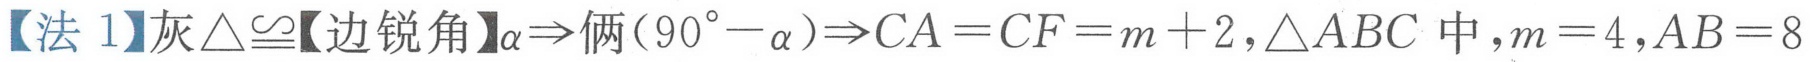
【法 1】灰\(\triangle\cong\)【边锐角】\(\alpha\Rightarrow\)俩\((90^{\circ}-\alpha)\Rightarrow CA = CF=m + 2,\triangle ABC\) 中，\(m = 4,AB = 8\)